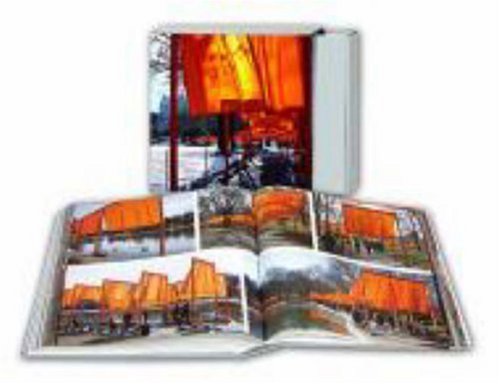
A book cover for Christo and Jeanne-Claude: The Gates; Jonathan William Henery; Crafts, Hobbies & Home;